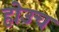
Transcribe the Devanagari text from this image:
होउच